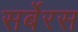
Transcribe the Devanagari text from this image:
सर्बेरस